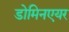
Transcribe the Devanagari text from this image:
डोमिनएयर